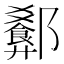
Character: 𬪢